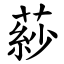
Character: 䔋